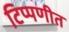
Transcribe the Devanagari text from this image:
टिप्पणीत